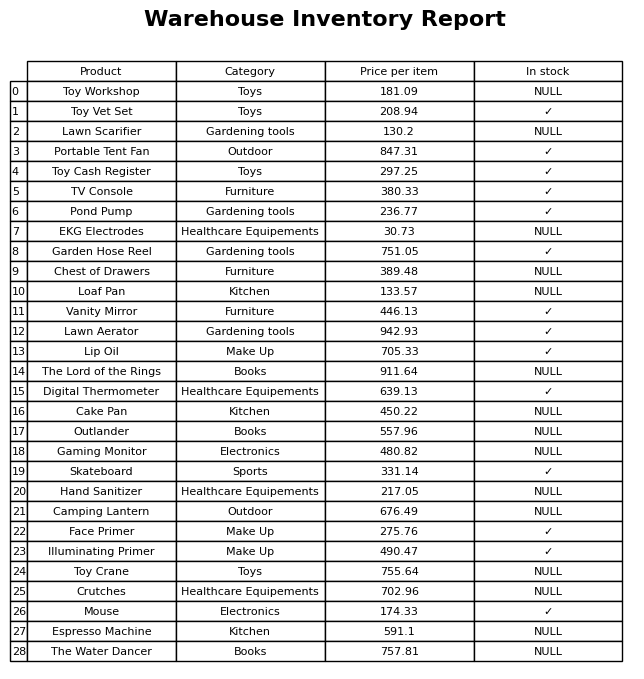
question: What is the stock status of the Crutches?
answer: NULL